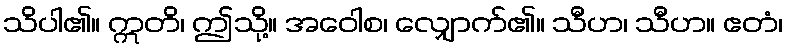
သိပါ၏။ ဣတိ၊ ဤသို့။ အဝေါစ၊ လျှောက်၏။ သီဟ၊ သီဟ။ ဧတံ၊